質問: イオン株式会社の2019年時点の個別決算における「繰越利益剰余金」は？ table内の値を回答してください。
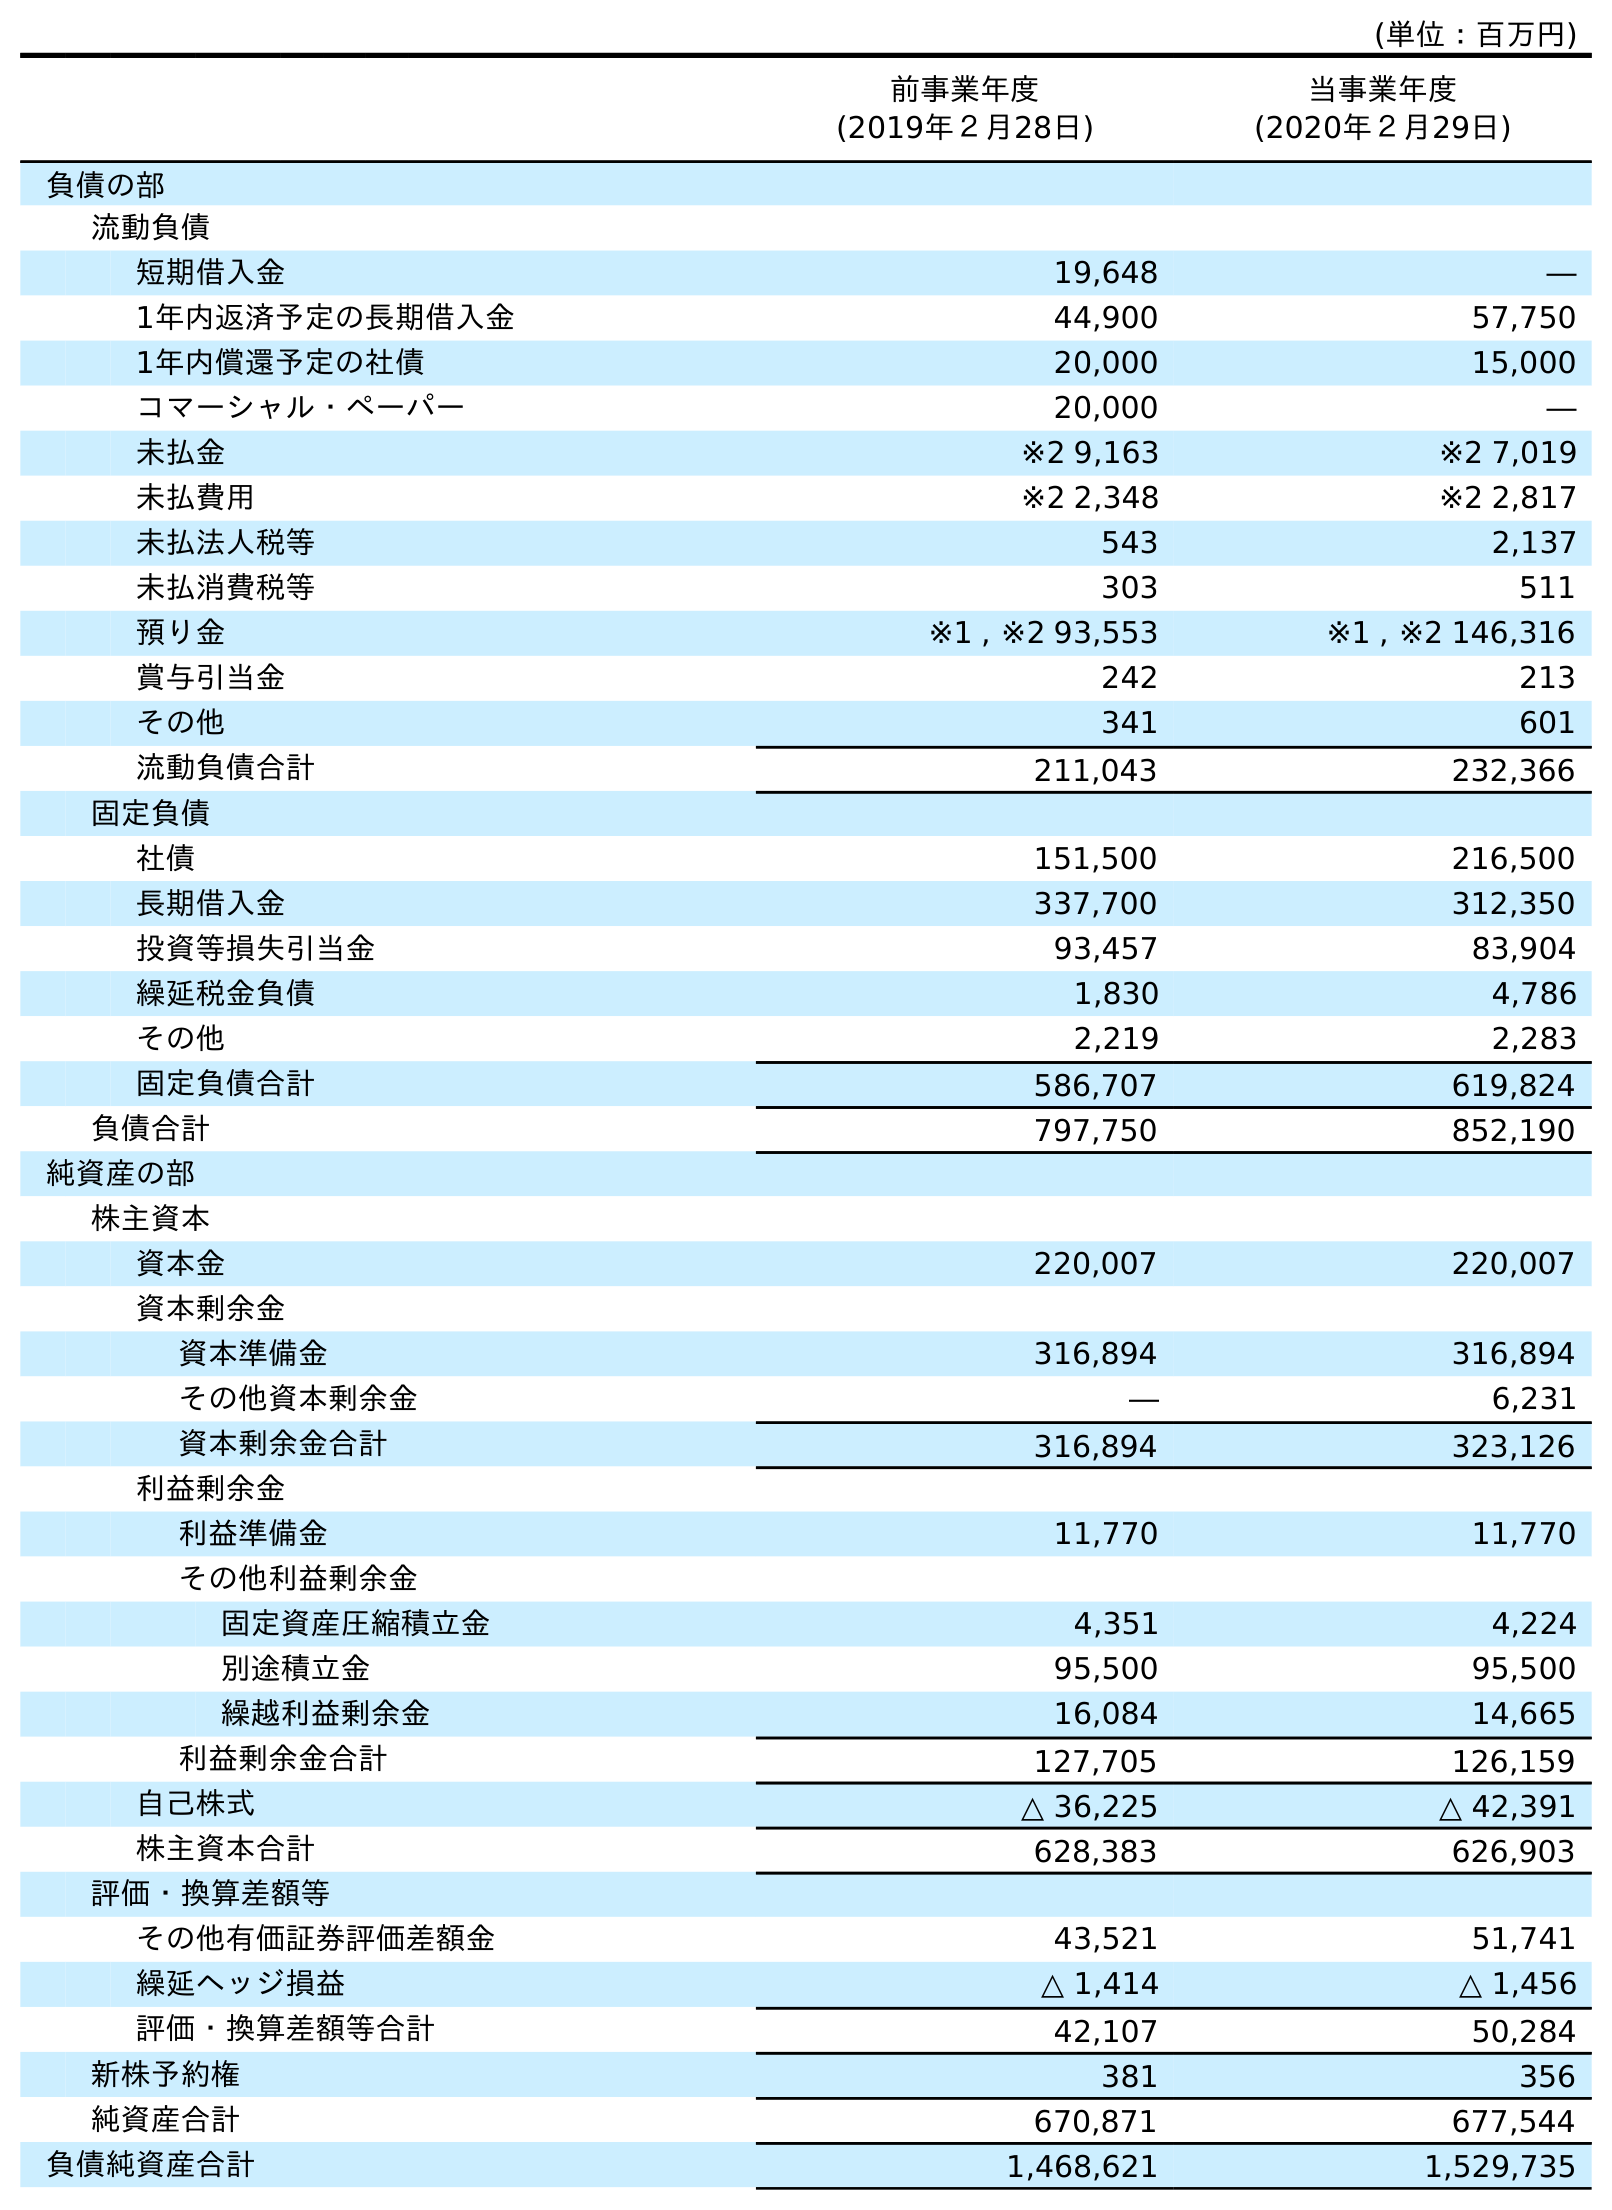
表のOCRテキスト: (単位：百万円) 前事業年度 (2019年２月28日) 当事業年度 (2020年２月29日) 負債の部 流動負債 短期借入金 19,648 ― 1年内返済予定の長期借入金 44,900 57,750 1年内償還予定の社債 20,000 15,000 コマーシャル・ペーパー 20,000 ― 未払金 ※2 9,163 ※2 7,019 未払費用 ※2 2,348 ※2 2,817 未払法人税等 543 2,137 未払消費税等 303 511 預り金 ※1 , ※2 93,553 ※1 , ※2 146,316 賞与引当金 242 213 その他 341 601 流動負債合計 211,043 232,366 固定負債 社債 151,500 216,500 長期借入金 337,700 312,350 投資等損失引当金 93,457 83,904 繰延税金負債 1,830 4,786 その他 2,219 2,283 固定負債合計 586,707 619,824 負債合計 797,750 852,190 純資産の部 株主資本 資本金 220,007 220,007 資本剰余金 資本準備金 316,894 316,894 その他資本剰余金 ― 6,231 資本剰余金合計 316,894 323,126 利益剰余金 利益準備金 11,770 11,770 その他利益剰余金 固定資産圧縮積立金 4,351 4,224 別途積立金 95,500 95,500 繰越利益剰余金 16,084 14,665 利益剰余金合計 127,705 126,159 自己株式 △ 36,225 △ 42,391 株主資本合計 628,383 626,903 評価・換算差額等 その他有価証券評価差額金 43,521 51,741 繰延ヘッジ損益 △ 1,414 △ 1,456 評価・換算差額等合計 42,107 50,284 新株予約権 381 356 純資産合計 670,871 677,544 負債純資産合計 1,468,621 1,529,735
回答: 16,084